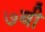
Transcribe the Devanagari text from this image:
७बी